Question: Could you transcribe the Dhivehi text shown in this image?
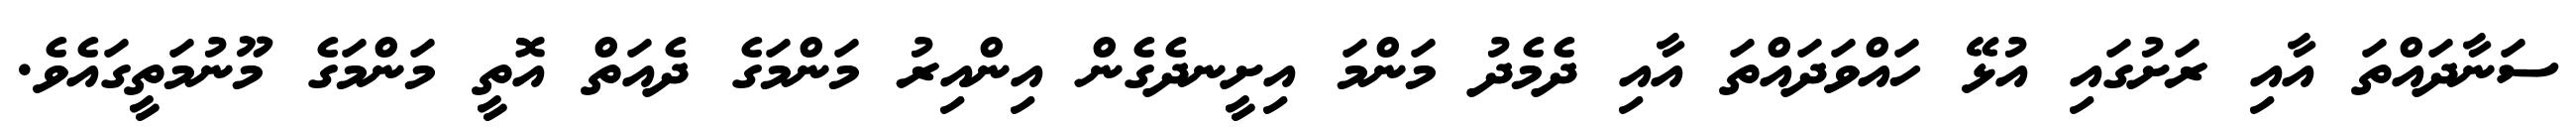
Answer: ސަނާދައްތަ އާއި ރަށުގައި އުޅޭ ހައްވަދައްތަ އާއި ދެމެދު މަންމަ އިށީނދެގެން އިންއިރު މަންމަގެ ދެއަތް އޮތީ މަންމަގެ މޫނުމަތީގައެވެ.